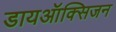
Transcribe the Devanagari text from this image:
डायऑक्सिजन